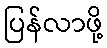
ပြန်လာဖို့